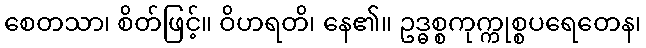
စေတသာ၊ စိတ်ဖြင့်။ ဝိဟရတိ၊ နေ၏။ ဥဒ္ဓစ္စကုက္ကုစ္စပရေတေန၊